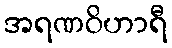
အရဏဝိဟာရီ